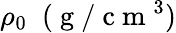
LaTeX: \rho_{0}\; ~(\mathrm{~g~}/\mathrm{~c~m~}^{3})